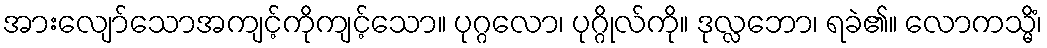
အားလျော်သောအကျင့်ကိုကျင့်သော။ ပုဂ္ဂလော၊ ပုဂ္ဂိုလ်ကို။ ဒုလ္လဘော၊ ရခဲ၏။ လောကသ္မိံ၊